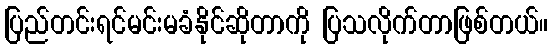
ပြည်တင်းရင်မင်းမခံနိုင်ဆိုတာကို ပြသလိုက်တာဖြစ်တယ်။